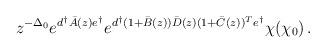
LaTeX: \begin{align*}z^{-\Delta_0}e^{d^\dagger\bar A(z)e^\dagger}e^{d^\dagger(1+\bar B(z))\bar D(z)(1+\bar C(z))^Te^\dagger}\chi(\chi_0)\,.\end{align*}